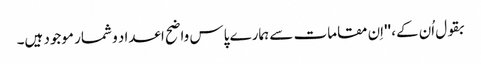
بقول اُن کے، ''اِن مقامات سے ہمارے پاس واضح اعداد و شمار موجود ہیں۔